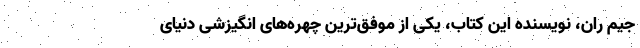
جیم ران، نویسنده این کتاب، یکی از موفق‌ترین چهره‌های انگیزشی دنیای